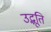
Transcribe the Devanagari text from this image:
उद्भूति